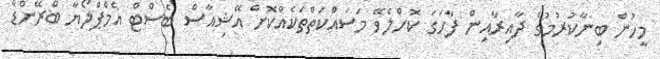
މީހުން ބިނާކުރުމުގެ ދާއިރާއިން ފާހަގަ ކޮށްލެވޭ މަސައްކަތްތަކެއްކޮށް އޭޝިއާސް ބެސްޓް އެމްޕްލޯޔާ ބްރޭންޑް